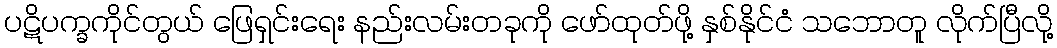
ပဋိပက္ခကိုင်တွယ် ဖြေရှင်းရေး နည်းလမ်းတခုကို ဖော်ထုတ်ဖို့ နှစ်နိုင်ငံ သဘောတူ လိုက်ပြီလို့